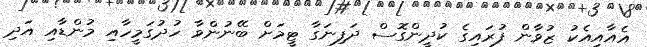
އެއާއިއެކު ޒުވާން ފުރައިގެ ކުދީންގޮސް ދަފިނަގާ ޓީމަށް ބޭނުންވާ ހުދުގަމީހާއި މުންޑާއި އަދި